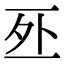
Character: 𠄨